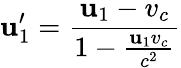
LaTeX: \mathbf{u}_{1}^{\prime}={\frac{{\mathbf{u}_{1}-v_{c}}}{{1-{\frac{{\mathbf{u}_{1}v_{c}}}{{c^{2}}}}}}}